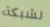
لشبكة